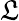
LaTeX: \mathfrak{L}